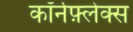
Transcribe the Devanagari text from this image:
कॉर्नफ़्लेक्स